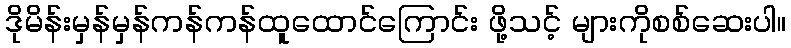
ဒိုမိန်းမှန်မှန်ကန်ကန်ထူထောင်ကြောင်း ဖို့သင့် များကိုစစ်ဆေးပါ။